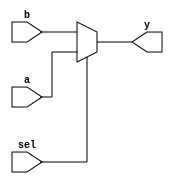
module vector_continuous_assignment (
    input wire [7:0] a,      // 8-bit input vector a
    input wire [7:0] b,      // 8-bit input vector b
    input wire sel,          // Select signal
    output wire [7:0] y      // 8-bit output vector y
);

// Continuous assignment based on the select signal
assign y = (sel) ? a : b;   // If sel is high, assign a to y, else assign b to y

endmodule